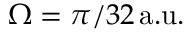
\Omega = \pi / 3 2 \, \mathrm { a . u . }